Report of the Indian Hemp Drugs Commission, 1894-1895 - Volume VII
Year: 1894
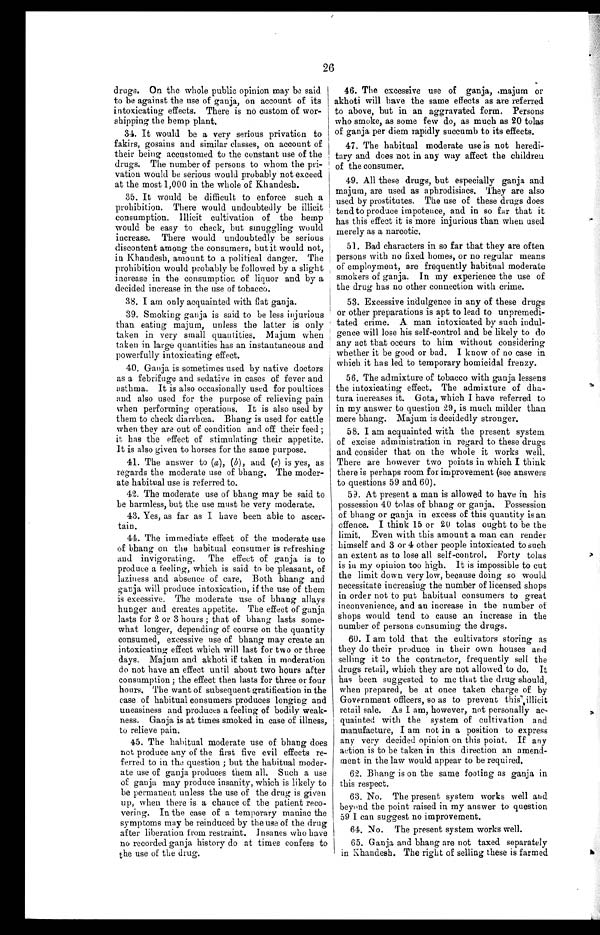
26
drugs. On the whole public opinion may be said
to be against the use of ganja, on account of its
intoxicating effects. There is no custom of wor
-
shipping the hemp plant.
34. It would be a very serious privation to
fakirs, gosains and similar classes, on account of
their being accustomed to the constant use of the
drugs. The number of persons to whom the p
r i -
vation would be serious would probably not exceed
at the most 1,000 in the whole of Khandesh.
35. It would be difficult to enforce such a
prohibition. There would undoubtedly be illicit
consumption. Illicit cultivation of the hemp
would be easy to check, but smuggling would
increase. There would undoubtedly be serious
discontent among the consumers, but it would not,
in Khandesh, amount to a political danger. The
prohibition would probably be followed by a slight
increase in the consumption of liquor and by a
decided increase in the use of tobacco.
3 8 . I a m o n l y a c q u a i n t e d w i t h f l a t g a n j a .
39. Smoking ganja is said to be less injurious
than eating majum, unless the latter is only
taken in very small quantities. Majum when
taken in large quantities has an instantaneous and
powerfully intoxicating effect.
40. Ganja is sometimes used by native doctors
as a febrifuge and sedative in cases of fever and
asthma. It is also occasionally used for poultices
and also used for the purpose of relieving pain
when performing operations. It is also used by
them to check diarrhœa. Bhang is used for cattle
when they are out of condition and off their feed
it has the effect of stimulating their appetite.
It is also given to horses for the same purpose.
41. The answer to ( a), (b) , and (c) is yes, as
regards the moderate use of bhang. The moder
-
ate habitual use is referred to.
42. The moderate use of bhang may be said to
be harmless, but the use must be very moderate.
43. Yes, as far as I have been able to ascer
-
tain.
44. The immediate effect of the moderate use
of bhang on the habitual consumer is refreshing
and invigorating. The effect of ganja is to
produce a feeling, which is said to be pleasant, of
laziness and absence of care. Both bhang and
ganja will produce intoxication, if the use of them
is excessive. The moderate use of bhang allays
hunger and creates appetite. The effect of ganja
lasts for 2 or 3 hours; that of bhang lasts some
-
what longer, depending of course on the quantity
consumed, excessive use of bhang may create an
intoxicating effect which will last for two or three
days. Majum and akhoti if taken in moderation
do not have an effect until about two hours after
consumption; the effect then lasts for three or four
hours. The want of subsequent gratification in the
case of habitual consumers produces longing and
uneasiness and produces a feeling of bodily weak
-
ness. Ganja is at times smoked in case of illness,
to relieve pain.
45. The habitual moderate use of bhang does
not produce any of the first five evil effects re
-
ferred to in the question ; but the habitual moder
-
ate use of ganja produces them all. Such a use
of ganja may produce insanity, which is likely to
be permanent unless the use of the drug is given
up, when there is a chance of the patient reco
-
vering. In the case of a temporary maniac the
symptoms may be reinduced by the use of the drug
after liberation from restraint. Insanes who have
no recorded ganja history do at times confess to
the use of the drug.
46. The excessive use of ganja, majum or
akhoti will have the same effects as are referred
to above, but in an aggravated form. Persons
who smoke, as some few do, as much as 20 tolas
of ganja per diem rapidly succumb to its effects.
47. The habitual moderate use is not heredi
-
t a r y a n d d o e s n o t i n a n y w a y a f f e c t t h e c h i l d r e n
of the consumer.
49. All these drugs, but especially ganja and
majum, are used as aphrodisiacs. They are also
used by prostitutes. The use of these drugs does
tend to produce impotence, and in so far that it
has this effect it is more injurious than when used
merely as a narcotic.
51. Bad characters in so far that they are often
persons with no fixed homes, or no regular means
of employment, are frequently habitual moderate
smokers of ganja. In my experience the use of
the drug has no other connection with crime.
53. Excessive indulgence in any of these drugs
or other preparations is apt to lead to unpremedi
-tated crime. A man intoxicated by such indul
-gence will lose his self-control and be likely to do
any act that occurs to him without considering
whether it be good or bad. I know of no case in
which it has led to temporary homicidal frenzy.
56. The admixture of tobacco with ganja lessens
the intoxicating effect. The admixture of dha
-
tura increases it. Gota, which I have referred to
in my answer to question 29, is much milder than
mere bhang. Majum is decidedly stronger.
58. I am acquainted with the present system
of excise administration in regard to these drugs
and consider that on the whole it works well.
There are however two points in which I think
there is perhaps room for improvement (see answers
to questions 59 and 60).
5 9 . A t p r e s e n t a m a n i s a l l o w e d t o h a v e i n h i s
possession 40 tolas of bhang or ganja. Possession
of bhang or ganja in excess of this quantity is an
offence. I think 15 or 20 tolas ought to be the
limit. Even with this amount a man can render
himself and 3 or 4 other people intoxicated to such
an extent as to lose all self-control. Forty tolas
is in my opinion too high. It is impossible to cut
the limit down very low, because doing so would
necessitate increasing the number of licensed shops
in order not to put habitual consumers to great
inconvenience, and an increase in the number of
shops would tend to cause an increase in the
number of persons consuming the drugs.
60. I am told that the cultivators storing as
they do their produce in their own houses and
selling it to the contractor, frequently sell the
drugs retail, which they are not allowed to do. It
has been suggested to me that the drug should,
when prepared, be at once taken charge of by
Government officers, so as to prevent this illicit
retail sale. As I am, however, not personally ac
-
quainted with the system of cultivation and
manufacture, I am not in a position to express
any very decided opinion on this point.. If any
action is to be taken in this direction an amend
-
ment in the law would appear to be required.
62. Bhang is on the same footing as ganja in
this respect.
63. No. The present system works well and
beyond the point raised in my answer to question
59 I can suggest no improvement.
6 4 . N o . T h e p r e s e n t s y s t e m w o r k s w e l l .
65. Ganja and bhang are not taxed separately
in Khandesh. The right a selling these is farmed